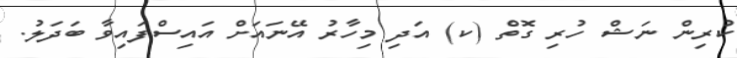
ކުރިން ނަޝް ހުރި ގޮތް (ކ) އަދި މިހާރު އޭނައަށް އައިސްފައިވާ ބަދަލު.